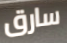
سارق